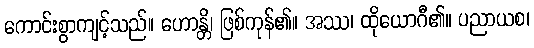
ကောင်းစွာကျင့်သည်။ ဟောန္တိ၊ ဖြစ်ကုန်၏။ အဿ၊ ထိုယောဂီ၏။ ပညာယစ၊